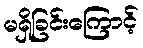
မရှိခြင်းကြောင့်